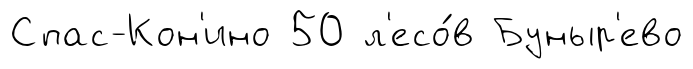
Спас-Кон'ино 50 л'есо́в Буныр'ево